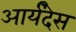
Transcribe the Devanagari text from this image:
आर्यंदेस